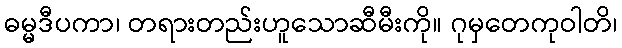
ဓမ္မဒီပကာ၊ တရားတည်းဟူသောဆီမီးကို။ ဂုမှတေကုဝါတိ၊